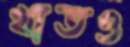
খাতও